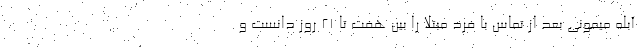
آبله میمونی بعد از تماس با فرد مبتلا را بین هفت تا ۲۱ روز دانست و